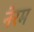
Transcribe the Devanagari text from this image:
नेरम